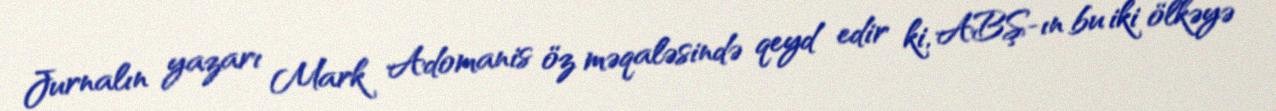
Jurnalın yazarı Mark Adomanis öz məqaləsində qeyd edir ki, ABŞ-ın bu iki ölkəyə